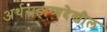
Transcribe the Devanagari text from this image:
अर्थसहाय्यदेखील